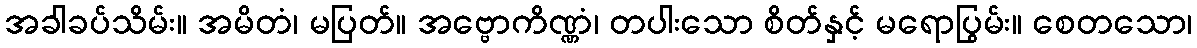
အခါခပ်သိမ်း။ အမိတံ၊ မပြတ်။ အဗ္ဗောကိဏ္ဏံ၊ တပါးသော စိတ်နှင့် မရောပြွမ်း။ စေတသော၊